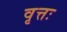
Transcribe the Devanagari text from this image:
वृत्तः